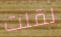
لقلت